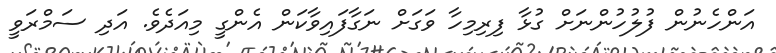
އަންހެނުން ފުލުހުންނަށް ގުޅާ ފިރިމިހާ ވަގަށް ނަގާފައިވާކަން އެންގީ މިއަދެވެ. އަދި ސަމްރަވީ